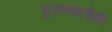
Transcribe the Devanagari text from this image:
पुस्तकाचेही